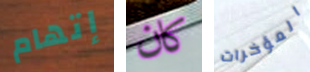
إتهام كان المؤخرات